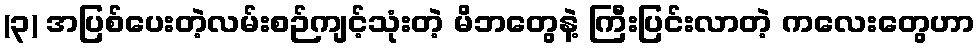
(၃) အပြစ်ပေးတဲ့လမ်းစဉ်ကျင့်သုံးတဲ့ မိဘတွေနဲ့ ကြီးပြင်းလာတဲ့ ကလေးတွေဟာ